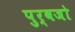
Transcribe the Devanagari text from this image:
पुर्वजो